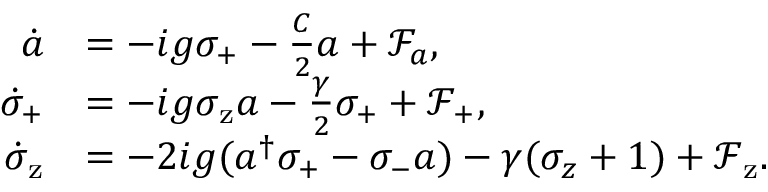
\begin{array} { r l } { \dot { a } } & { = - i g \sigma _ { \mathrm { + } } - \frac { C } { 2 } a + \mathcal { F } _ { a } , } \\ { \dot { \sigma } _ { \mathrm { + } } } & { = - i g \sigma _ { \mathrm { z } } a - \frac { \gamma } { 2 } \sigma _ { \mathrm { + } } + \mathcal { F } _ { \mathrm { + } } , } \\ { \dot { \sigma } _ { \mathrm { z } } } & { = - 2 i g ( a ^ { \dagger } \sigma _ { \mathrm { + } } - \sigma _ { \mathrm { - } } a ) - \gamma ( \sigma _ { z } + 1 ) + \mathcal { F } _ { \mathrm { z } } . } \end{array}